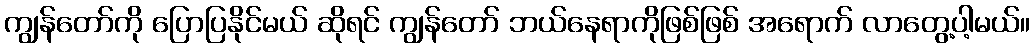
ကျွန်တော်ကို ပြောပြနိုင်မယ် ဆိုရင် ကျွန်တော် ဘယ်နေရာကိုဖြစ်ဖြစ် အရောက် လာတွေ့ပါ့မယ်။